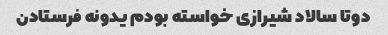
دوتا سالاد شیرازی خواسته بودم یدونه فرستادن